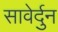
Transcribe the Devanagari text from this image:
सावेर्दुन